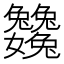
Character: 𡤺